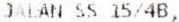
JALAN SS 15/4B,